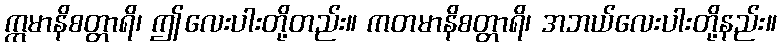
ဣမာနိစတ္တာရိ၊ ဤလေးပါးတို့တည်း။ ကတမာနိစတ္တာရိ၊ အဘယ်လေးပါးတို့နည်း။